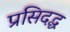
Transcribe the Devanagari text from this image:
प्रसिदद्ध